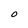
Character: O